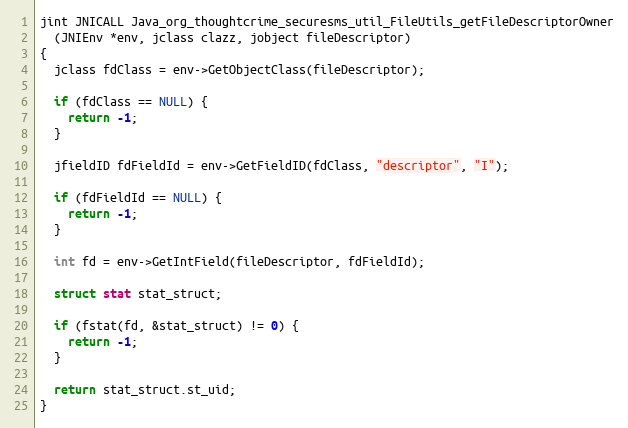
Language: C++
jint JNICALL Java_org_thoughtcrime_securesms_util_FileUtils_getFileDescriptorOwner
  (JNIEnv *env, jclass clazz, jobject fileDescriptor)
{
  jclass fdClass = env->GetObjectClass(fileDescriptor);

  if (fdClass == NULL) {
    return -1;
  }

  jfieldID fdFieldId = env->GetFieldID(fdClass, "descriptor", "I");

  if (fdFieldId == NULL) {
    return -1;
  }

  int fd = env->GetIntField(fileDescriptor, fdFieldId);

  struct stat stat_struct;

  if (fstat(fd, &stat_struct) != 0) {
    return -1;
  }

  return stat_struct.st_uid;
}